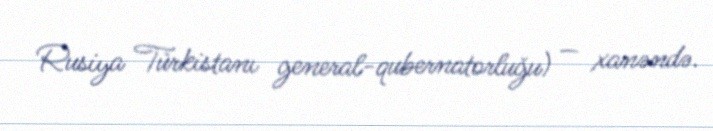
Rusiya Türkistanı general-qubernatorluğu) — xanəndə.